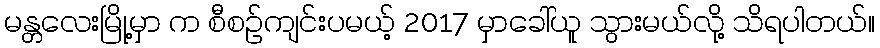
မန္တလေးမြို့မှာ က စီစဉ်ကျင်းပမယ့် 2017 မှာခေါ်ယူ သွားမယ်လို့ သိရပါတယ်။